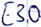
Text: E3.0